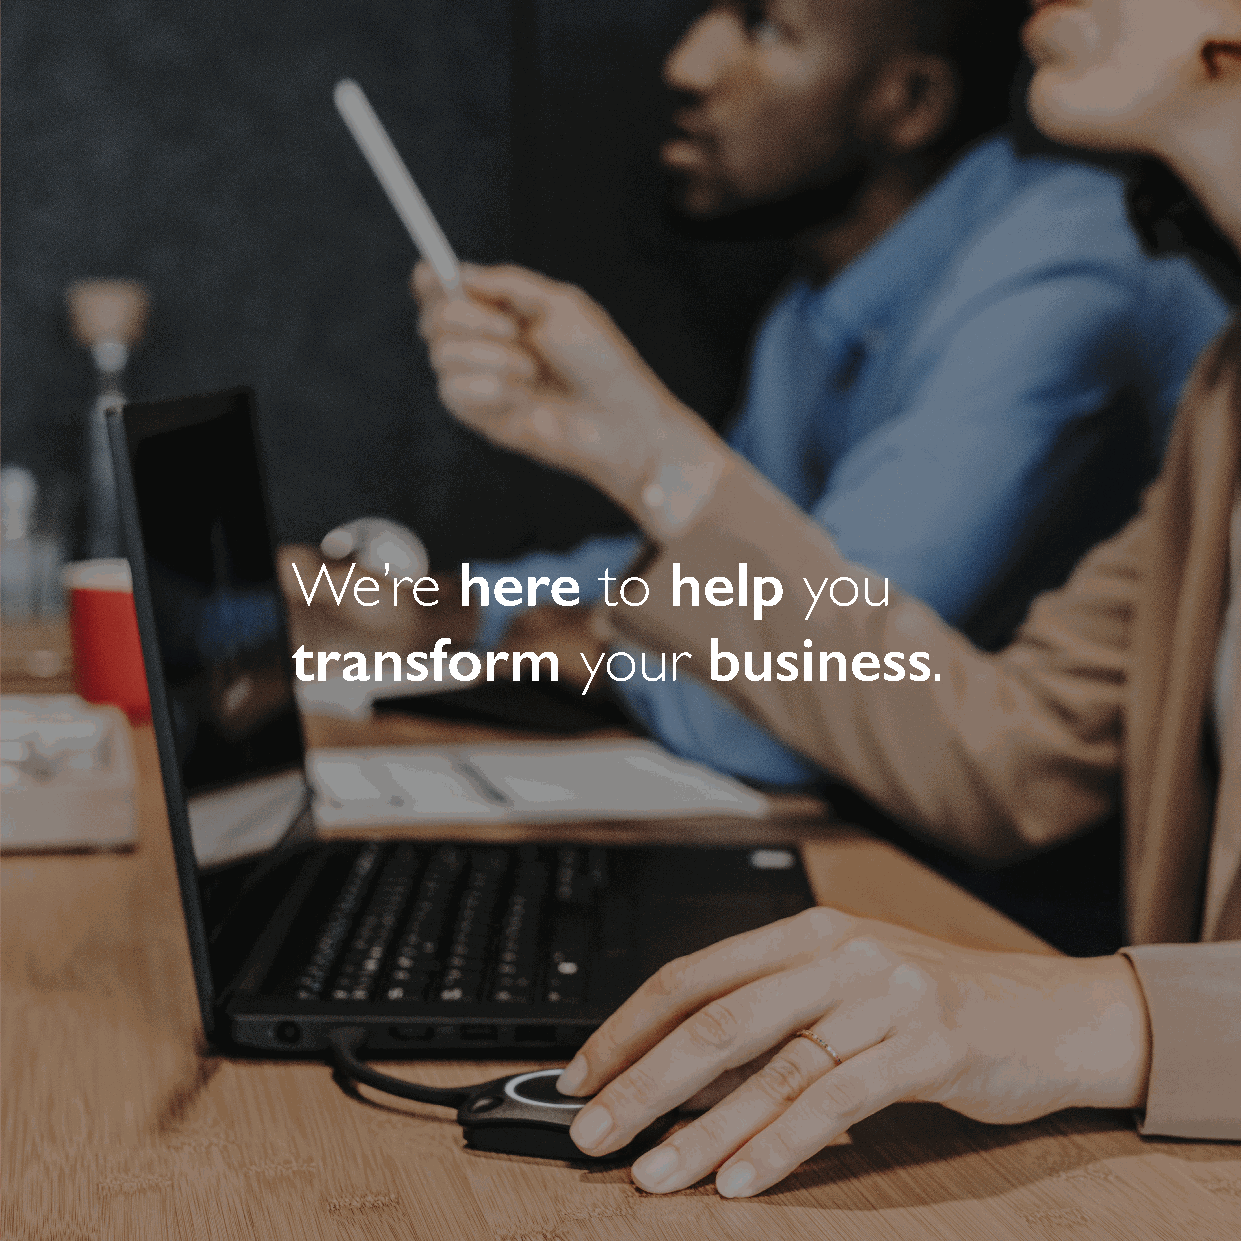
here          help
 We’re                to           you
 transform                   business
 your                    .